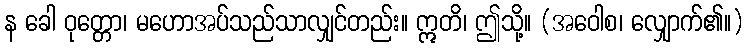
န ခေါ ဝုတ္တော၊ မဟောအပ်သည်သာလျှင်တည်း။ ဣတိ၊ ဤသို့။ (အဝေါစ၊ လျှောက်၏။)